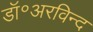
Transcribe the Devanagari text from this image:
डॉ॰अरविन्द